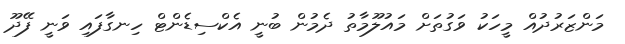
މަންޒަަރުދުއް މީހަކު ވަގުތަށް މައުލޫމާތު ދެމުން ބުނީ އެކްސިޑެންޓް ހިނގާފައި ވަނީ ފޭދޫ